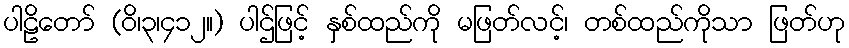
ပါဠိတော် (ဝိ၊၃၊၄၁၂။) ပါဌ်ဖြင့် နှစ်ထည်ကို မဖြတ်လင့်၊ တစ်ထည်ကိုသာ ဖြတ်ဟု